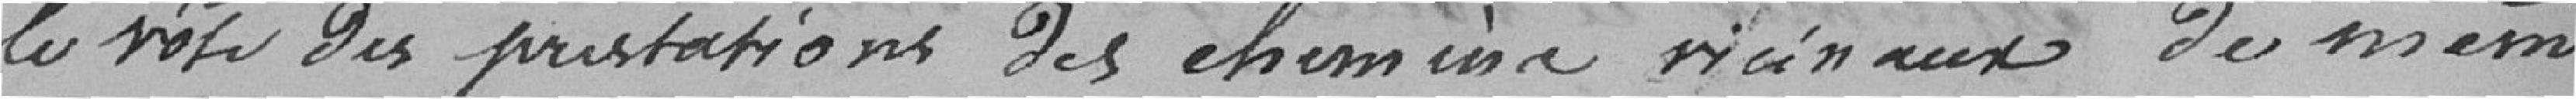
le vote de prestations des chemins vicinaux de même